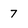
Character: 7